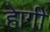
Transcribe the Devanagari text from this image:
हेागी